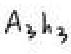
$A_{3}k_{3}$